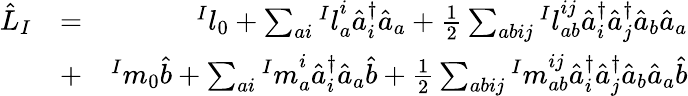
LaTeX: \begin{array}{rlr}{\hat{L}_{I}}&{=}&{{^Il}_{0}+\sum_{ai}{^Il}_{a}^{i}\hat{a}_{i}^{\dagger}\hat{a}_{a}+\frac{1}{2}\sum_{abij}{^Il}_{ab}^{ij}\hat{a}_{i}^{\dagger}\hat{a}_{j}^{\dagger}\hat{a}_{b}\hat{a}_{a}}\\ &{+}&{{^Im}_{0}\hat{b}+\sum_{ai}{^Im}_{a}^{i}\hat{a}_{i}^{\dagger}\hat{a}_{a}\hat{b}+\frac{1}{2}\sum_{abij}{^Im}_{ab}^{ij}\hat{a}_{i}^{\dagger}\hat{a}_{j}^{\dagger}\hat{a}_{b}\hat{a}_{a}\hat{b}}\end{array}